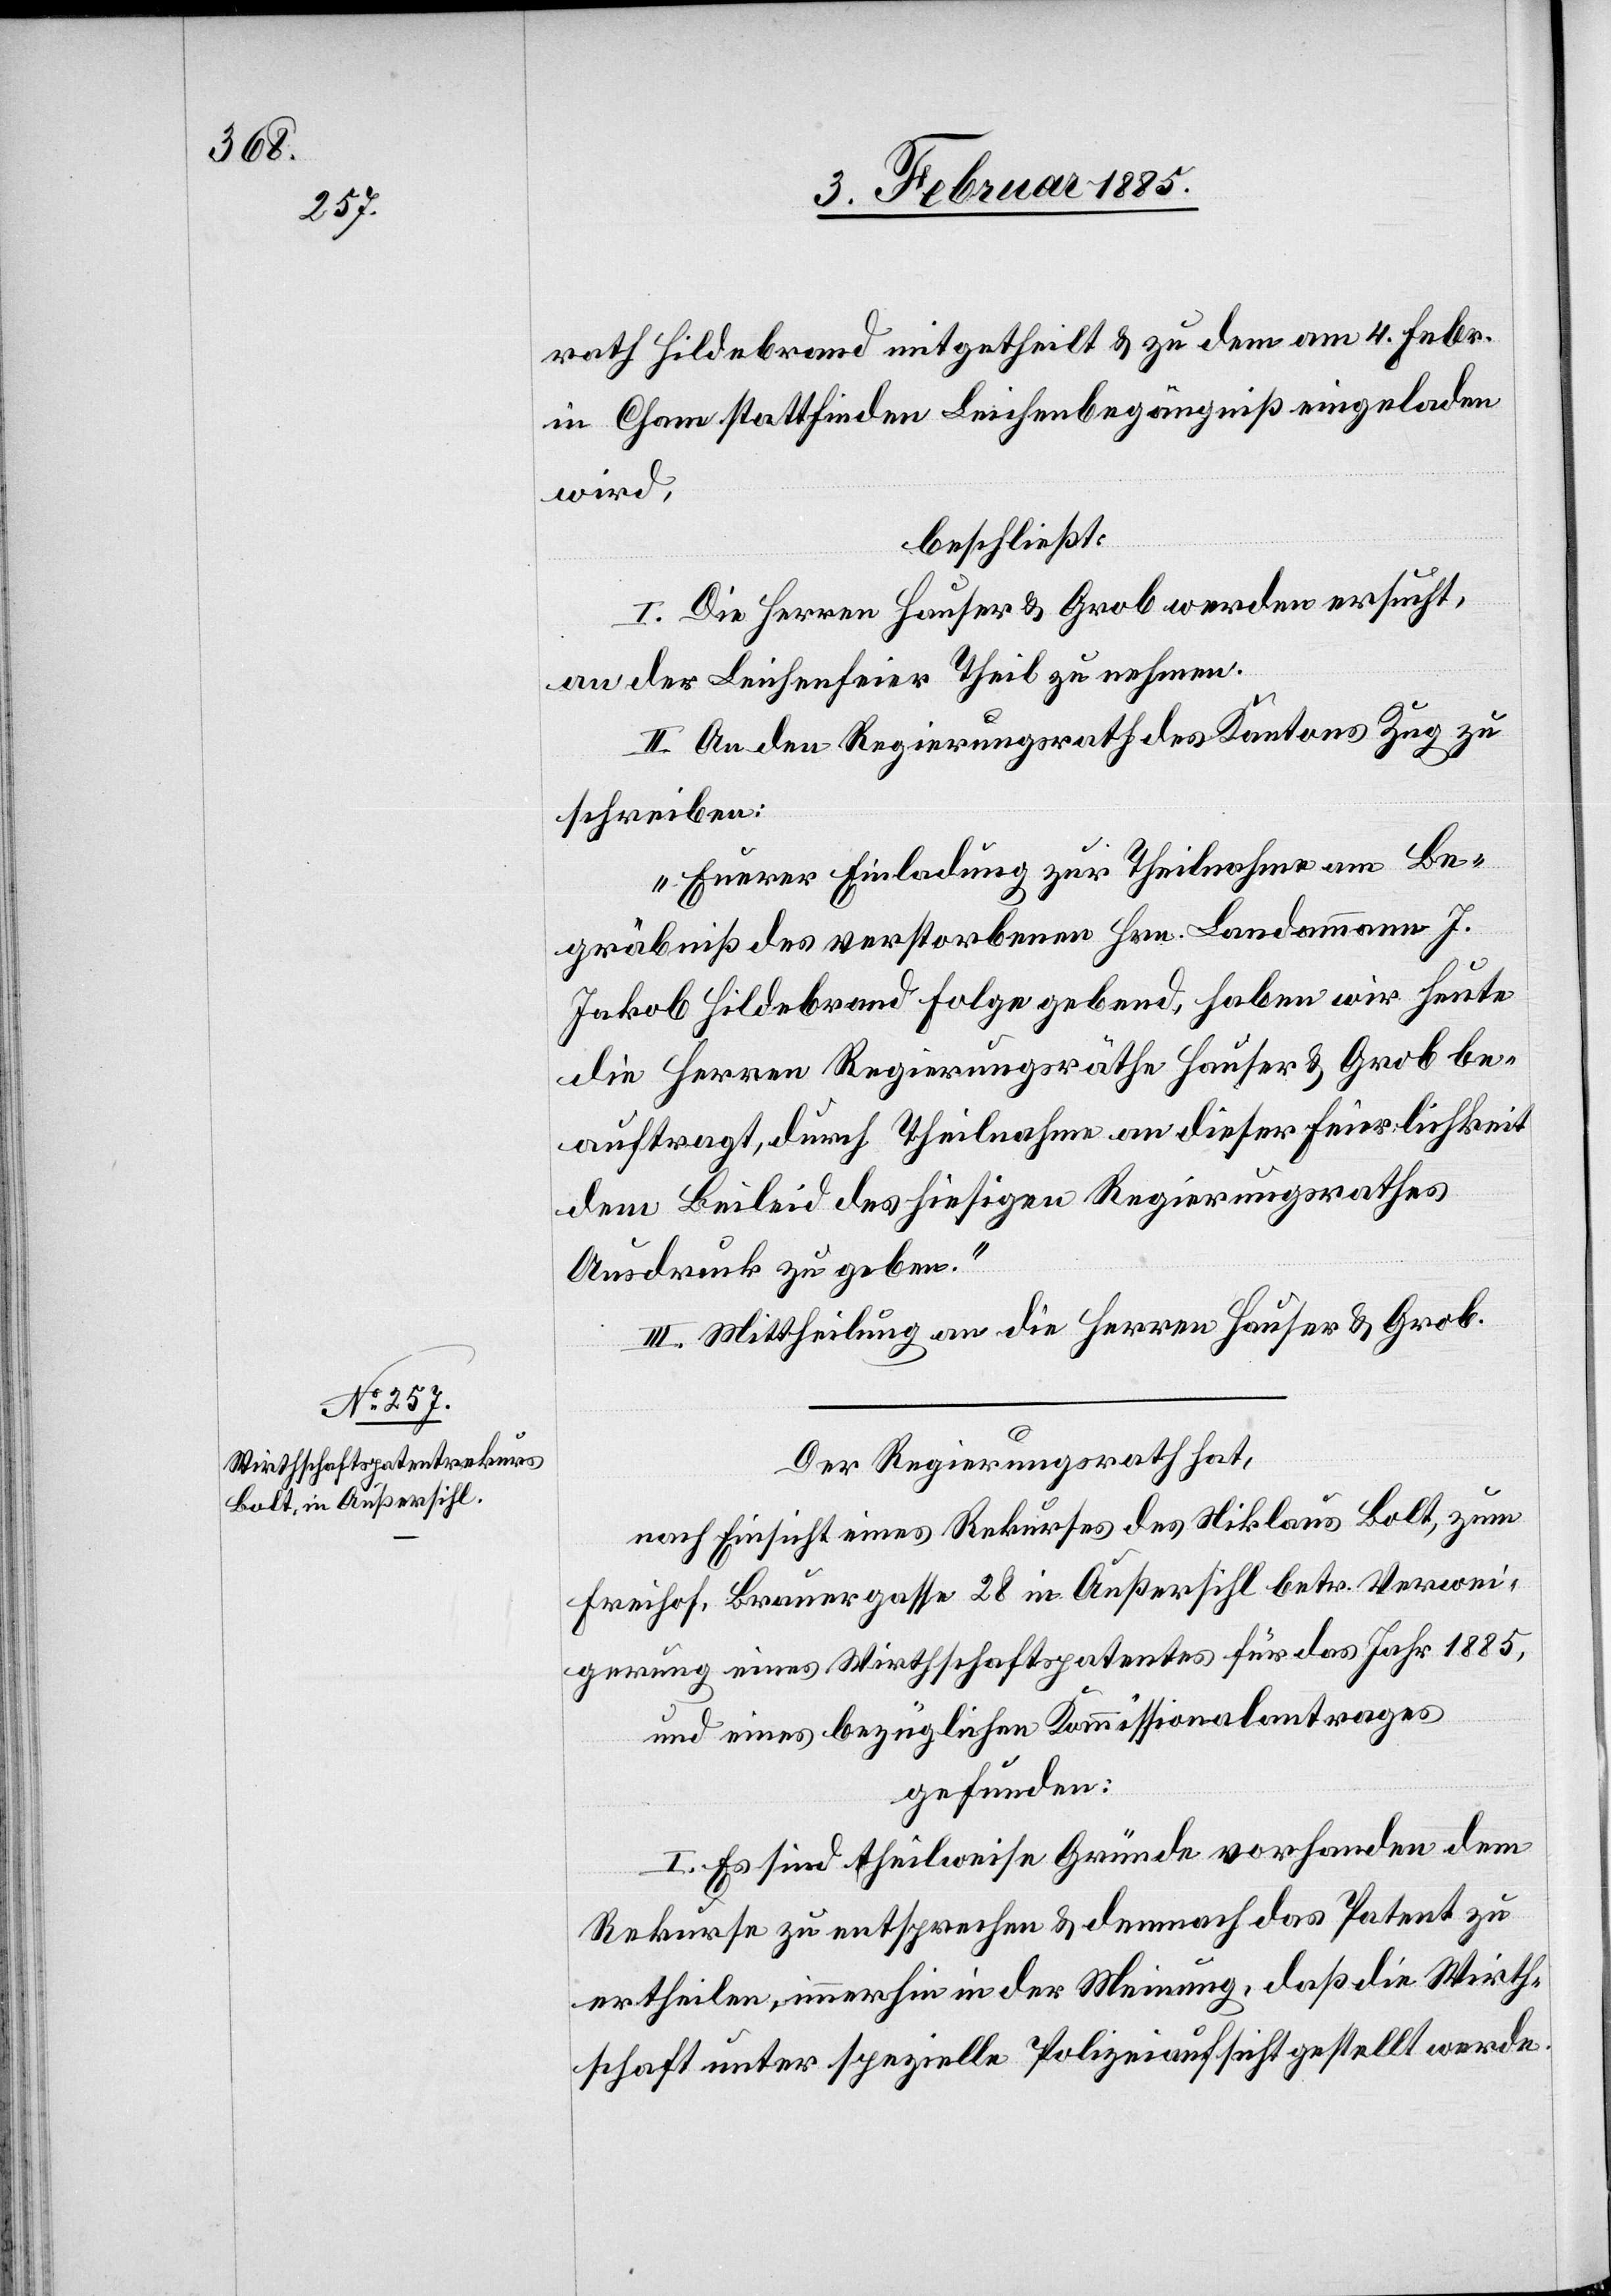
rath Hildebrand mitgetheilt & zu dem am 4 Febr.
in Cham stattfinden[den] Leichenbegängniß eingeladen
wird,
beschließt:
I. Die Herren Hauser & Grob werden ersucht,
an der Leichenfeier Theil zu nehmen.
II. An den Regierungsrath des Kantons Zug zu
schreiben:
„Euerer Einladung zur Theilnahme am Be¬
gräbniß des verstorbenen Hrn. Landammann J.
Jakob Hildebrand Folge gebend, haben wird heute
die Herren Regierungsräthe Hauser & Grob be¬
auftragt, durch Theilnahme an dieser Feierlichkeit
dem Beileid des hiesigen Regierungsrathes
Ausdruck zu geben.“
III. Mittheilung an die Herren Hauser & Grob.
Der Regierungsrath hat,
nach Einsicht eines Rekurses des Niklaus Bolt, zum
Freihof, Brauergasse 28 in Außersihl betr. Verwei¬
gerung eines Wirthschaftspatentes für das Jahr 1885,
und eines bezüglichen Kommissionalantrages
gefunden:
I. Es sind theilweise Gründe vorhanden dem
Rekurse zu entsprechen & demnach das Patent zu
ertheilen, immerhin in der Meinung, daß die Wirth¬
schaft unter spezielle Polizeiaufsicht gestellt werde.